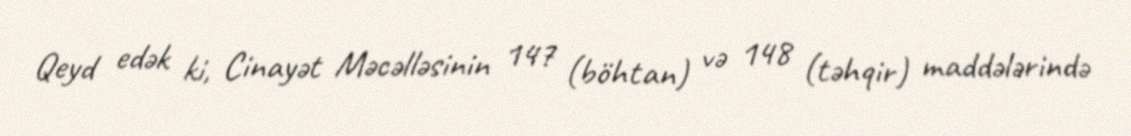
Qeyd edək ki, Cinayət Məcəlləsinin 147 (böhtan) və 148 (təhqir) maddələrində